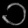
Digit: ၁